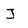
Character: J